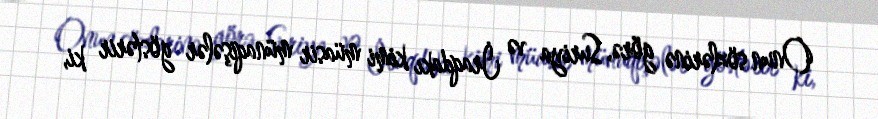
Onun sözlərinə görə, Suriya və İraqdakı kimi müasir münaqişələr göstərir ki,